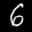
Label: 6